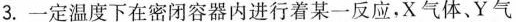
3. 一定温度下在密闭容器内进行着某一反应，X气体、Y气